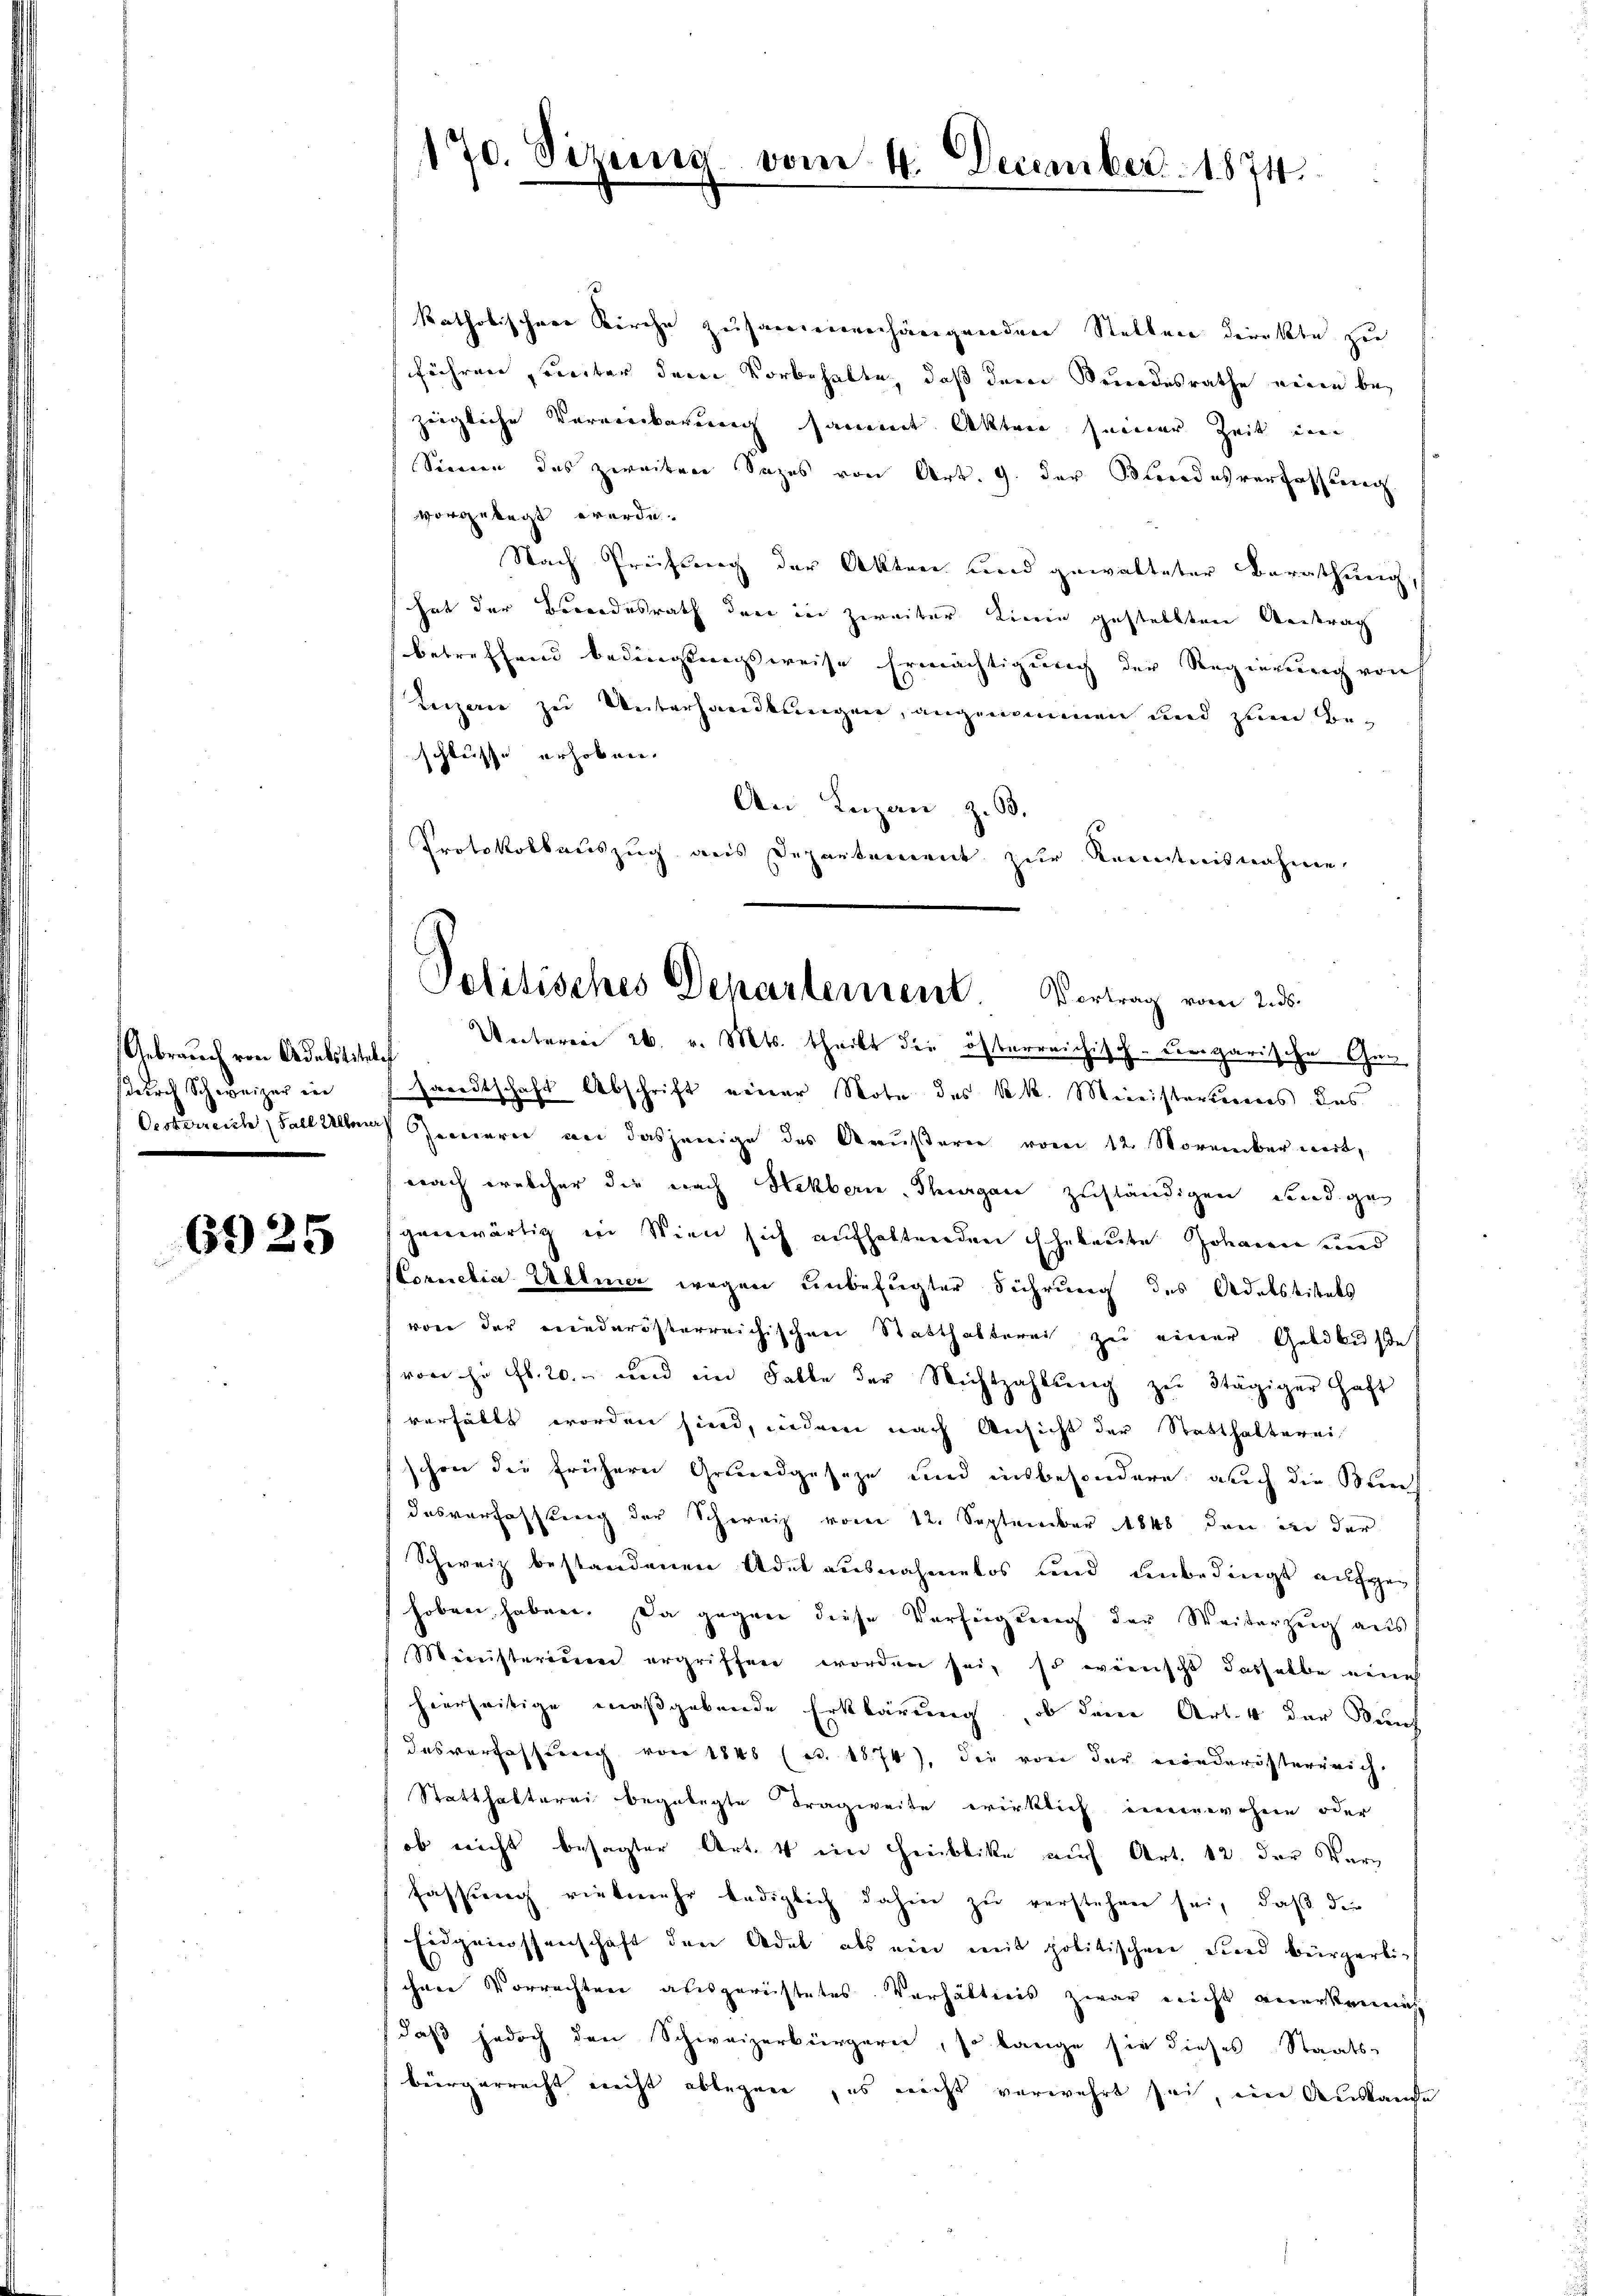
Gebrauch von Adebititel
durch Schweizer in
Oesterreiche Fall allen

6925

170. Sizung vom 4. December 1874.

Politisches Departement. Vortrag vom 2. ds.

katholischere Kirche zusammenhängenden Stellen direkte zu
führen, weiter dem Vorbehalte, daß der Beundesrathe eine bezeigliche Vormenkarung sammet Akten seiner Zeit ei
Sennen des zweiten Sazes von Art. 9. der Beredesverfassung
vorgelegt werde.
Nach Prüfung der Akten und gewalteter Berathung,
hat der Besondesrath der in zweiter Linie gestellten Antrag
betreffend bedingsangsweise Ermächtigung der Regierung von
Luzern zu Unterhandlungen, angenommen und zum Beschlusse erhoben.
An Lazan z. B.
Protokollauszug aus Departement zur Kenntnisnahme
Unterrei 26. v. Mts. theilt die österreichisch-ungarische Gen
e
sandtschaft Abschrift einer Note des kk. Meinisterierens das
Zonern an dasjenige das Aeußern vom 12. November weit,
nach welcher die nach Hekberie, Thurgau zuständigen Land gegenwärtig in Wien sich aufhaltenden Eheleute Johann und
Cornelia Ullmer wegen unbefugter Führung des Adelstitels
von der niederösterreichischen Statthalterei zu einer Geldbuße
von zu fl. 20. und in Falle der Nichtzahlŭng zŭ dtägiger Haft
verfällt worden sind, indem nach Ansicht der Statthalterei
schon die frühern Grundgeseze und insbesondere, auch die Berech
desverfassung der Schweiz vom 12. September 1848 den der der
Schweiz bestandenen Adel ausnahmetos und unbedingt aufgehoben haben. Da gegen diese Verfügung der Weiterzeig aus
Ministerium ergriffen worden sei, so wünscht dasselbe eines
hierseitige maßgebende Erklärung, ob dem Art. 4 der Seuch
desverfassung von 1840 (c. 1874), die von der niederösterreich¬
Statthalterei begelegte Tragweite wirklich einerwohne oder
ob nicht besagter Art. 4 ein Heiblicke auf Art. 12 der Warn
fassung vielmehr lediglich dahin zu verstehen sei, daß die
Eidgenossenschaft den Adel als ein mit politischen und bürgerlich
ihnen Vorrachten ausgerichtetes Verhältnis zwar nicht anerkennet
daß jedoch den Schweizerbürgern, so lange sie dieses Staats-
bürgerrecht nicht ablegen, es nicht verwehrt sei, im Austande